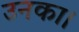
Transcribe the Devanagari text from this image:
उनका।